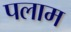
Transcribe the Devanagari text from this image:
पलाम